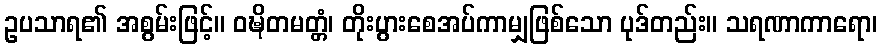
ဥပသာရ၏ အစွမ်းဖြင့်။ ဝဍ္ဎိတမတ္တံ၊ တိုးပွားစေအပ်ကာမျှဖြစ်သော ပုဒ်တည်း။ သရဏာကာရော၊